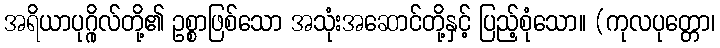
အရိယာပုဂ္ဂိုလ်တို့၏ ဥစ္စာဖြစ်သော အသုံးအဆောင်တို့နှင့် ပြည့်စုံသော။ (ကုလပုတ္တော၊